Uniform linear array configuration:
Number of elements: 8
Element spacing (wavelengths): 1
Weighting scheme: hamming
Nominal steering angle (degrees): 30
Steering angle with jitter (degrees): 31.925
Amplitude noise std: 0.05
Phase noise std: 0.05

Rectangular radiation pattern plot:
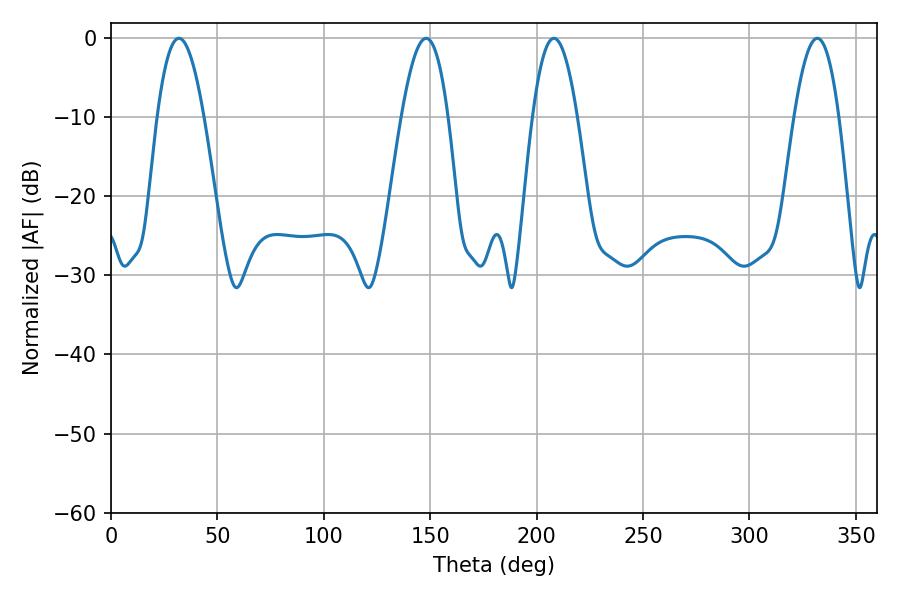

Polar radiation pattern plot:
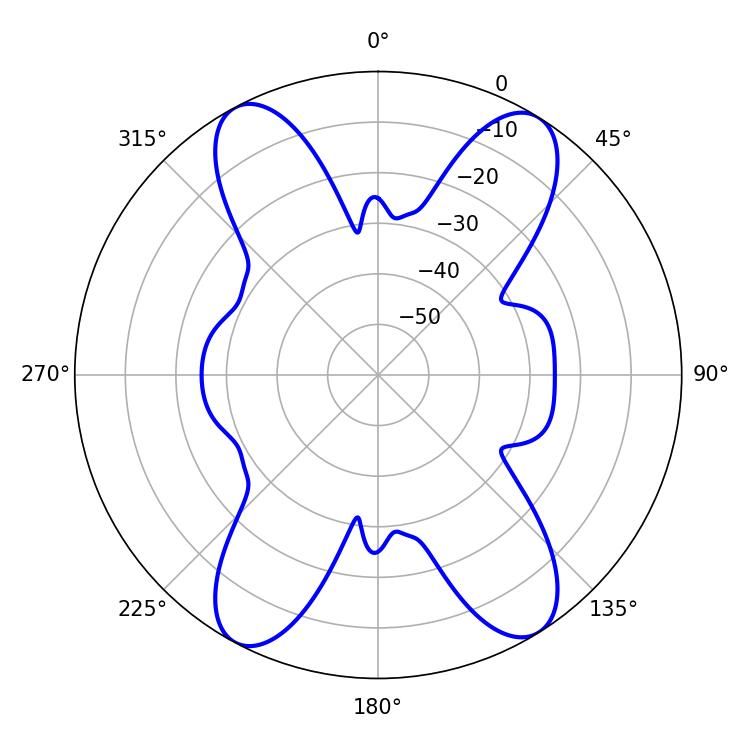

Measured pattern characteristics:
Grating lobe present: TRUE
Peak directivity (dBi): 17.499
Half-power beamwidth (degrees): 11.52
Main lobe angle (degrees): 208.08